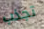
تجذب